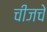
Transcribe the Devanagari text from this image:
चीजचे